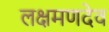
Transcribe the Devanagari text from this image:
लक्षमणदेव